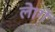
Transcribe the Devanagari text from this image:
लेागें